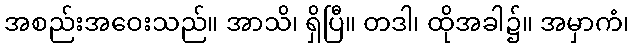
အစည်းအဝေးသည်။ အာသိ၊ ရှိပြီ။ တဒါ၊ ထိုအခါ၌။ အမှာကံ၊